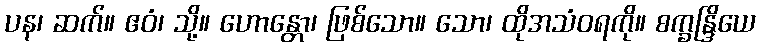
ပန၊ ဆက်။ ဧဝံ၊ သို့။ ဟောန္တော၊ ဖြစ်သော။ သော၊ ထိုအသံဝရကို။ စက္ခန္ဒြိယေ